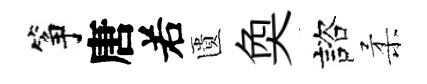
筝唐𠰥匱奐諮柔